Lunatic asylums Punjab 1868-1880 - 1868-1880
Year: 1868
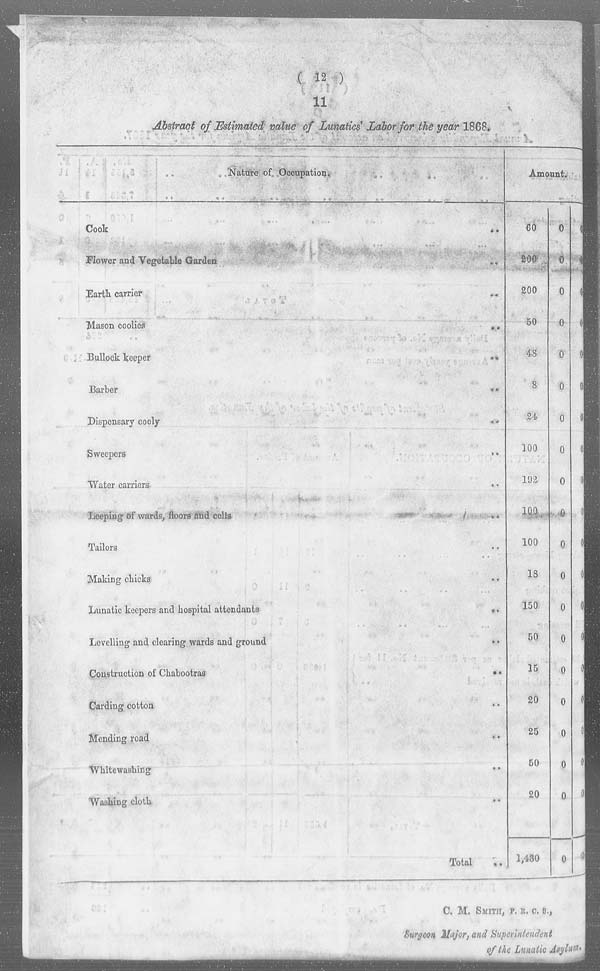
( 12 )
11
Abstract of Estimated value of Lunatics' Labor for the year 1868.
Nature of Occupation.
Cook
..
Flower and Vegetable Garden ..
Earth carrier ..
Mason
coolies
..
Bullock keeper
..
Barber ..
Dispensary cooly
..
Sweepers ..
Water carriers ..
Leeping of wards, floors and cells ..
Tailors ..
Making chicks ..
Lunatic kecpers and hospital attendants ..
Levelling and clearing wards and ground ..
Construction of Chabootras
..
Carding cotton ..
Mending road ..
Whitewashing ..
Washing cloth ..
Total ..
Amount.
60
200
200
50
48
8
24
100
192
100
100
18
150
50
15
20
25
50
20
1,430
0
0
0
0
0
0
0
0
0
0
0
0
0
0
0
0
0
0
0
0
0
0
0
0
0
0
0
0
0
0
0
0
0
0
0
0
0
0
0
0
C. M. SMITH, F. R. C. S.,
Surgeon Major, and Superintendent
of the Lunatic Asylum.